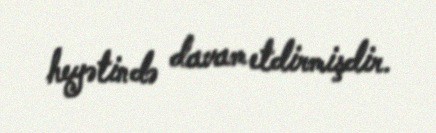
heyətində davam etdirmişdir.